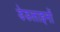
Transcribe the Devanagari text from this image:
डेडलाइनों